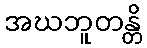
အဃဘူတန္တိ